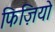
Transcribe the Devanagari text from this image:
फिज़ियो